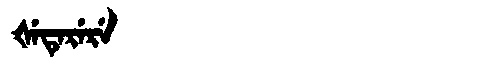
Manchu: ᡧᡝᡨᡝᡵᡝᡵᡝ
Romanization: ŠETERERE